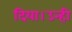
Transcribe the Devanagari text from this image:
दिया।उन्ही